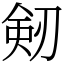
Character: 剱